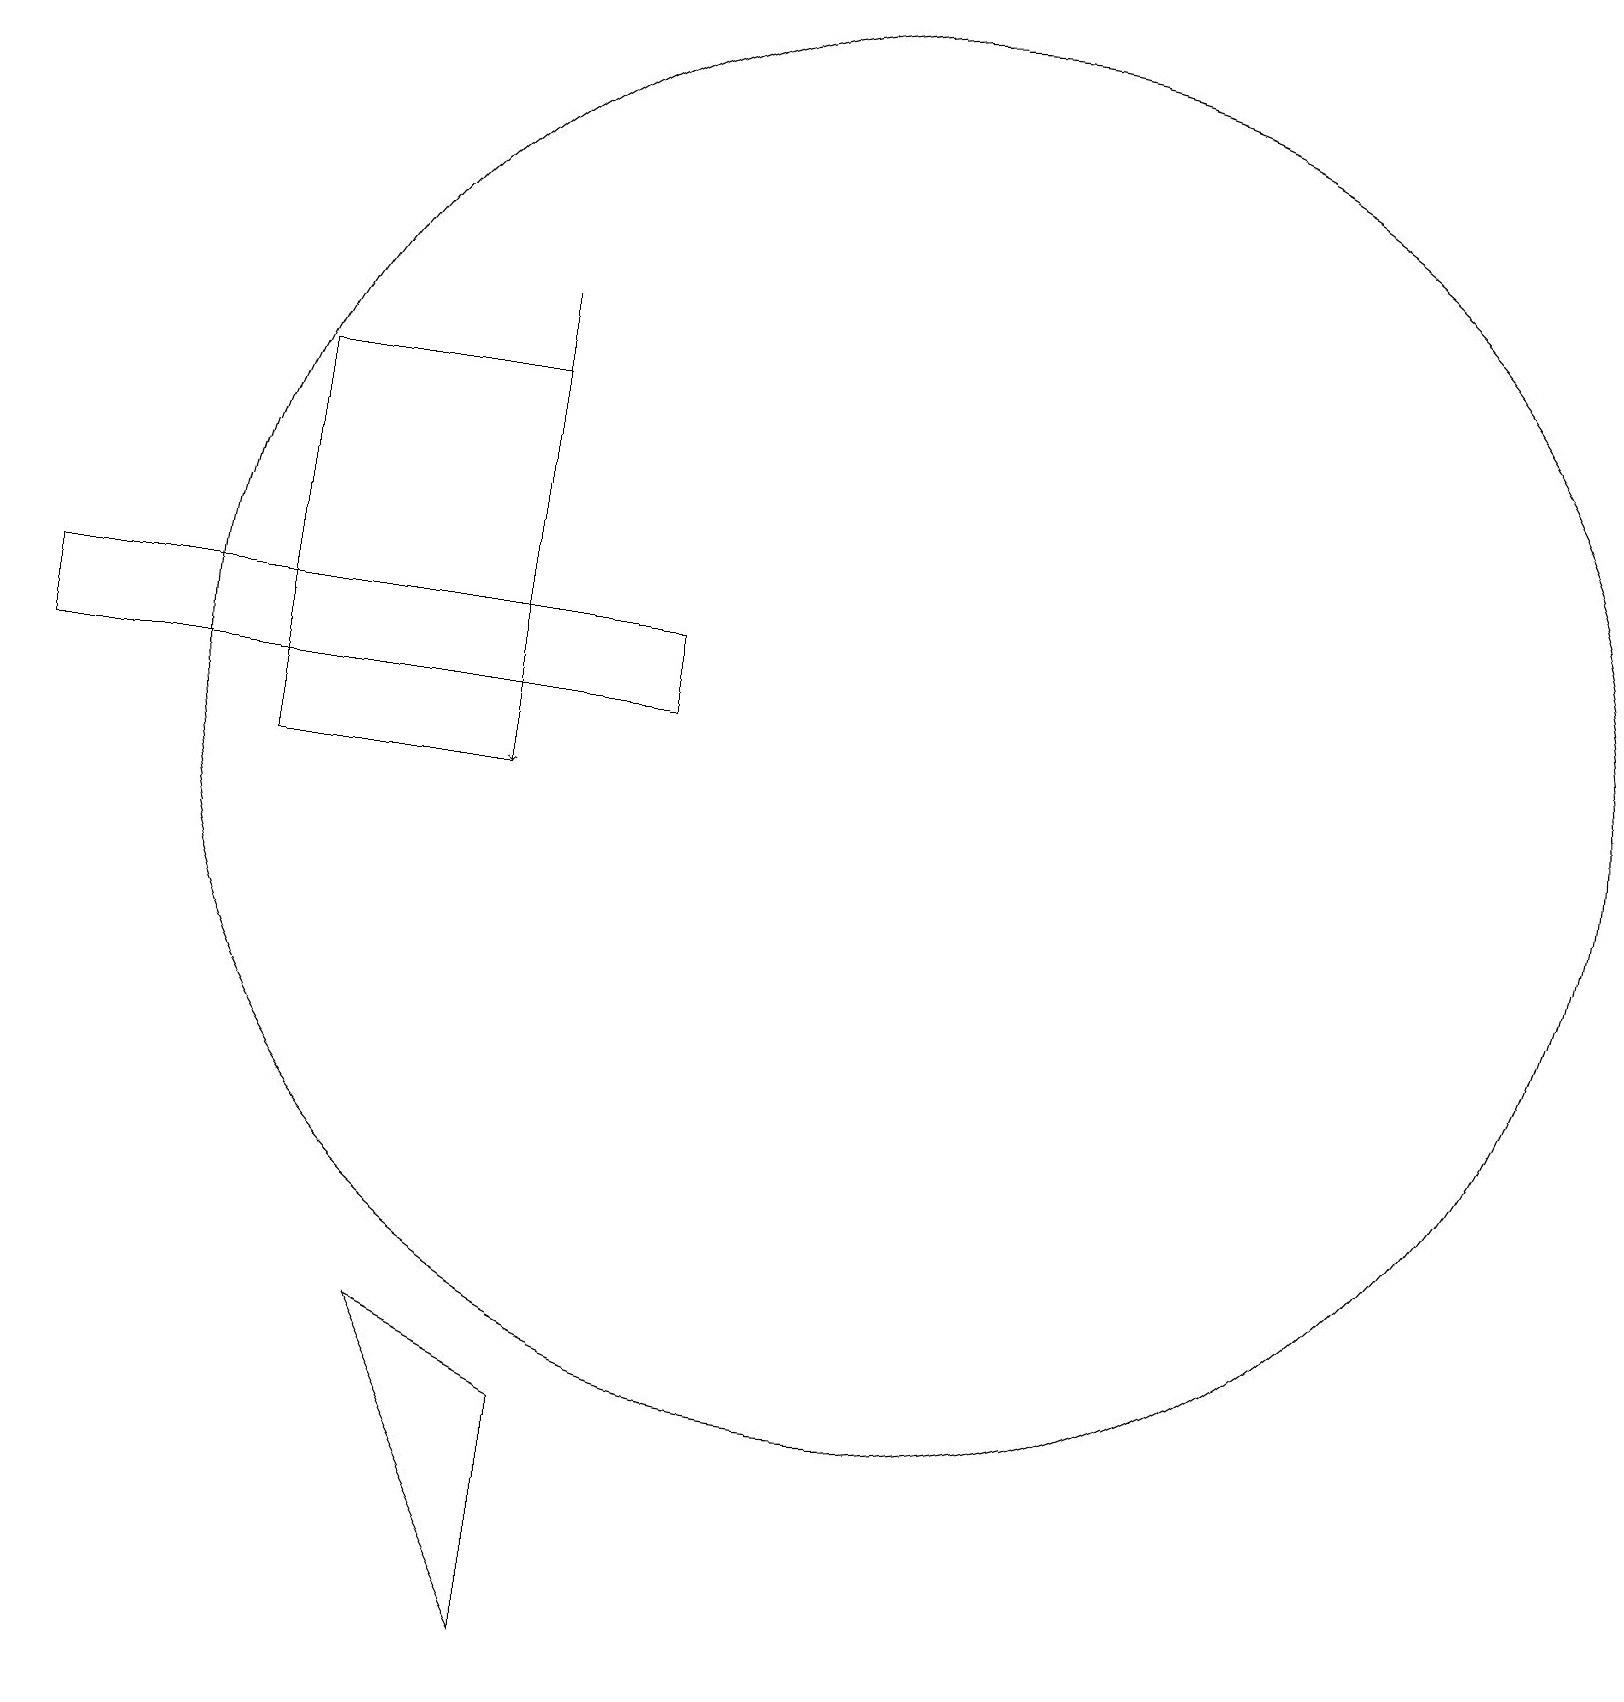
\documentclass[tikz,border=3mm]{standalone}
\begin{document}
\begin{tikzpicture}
\draw (4,16) rectangle (7,11);
\draw (1,12) rectangle (9,13);
\draw (12,12) circle (9);
\draw[->] (7,17) -- (7,11);
\draw (6,4) -- (8,0) -- (8,3) -- cycle;
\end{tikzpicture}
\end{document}